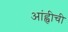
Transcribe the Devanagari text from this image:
आंह्वीची